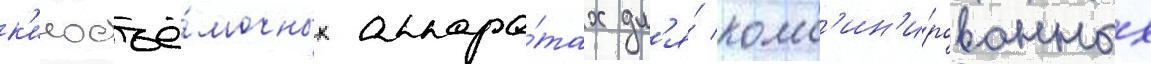
к'иносъё́мочных аппара́тах дл'я́ комб'ин'и́рованных